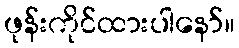
ဖုန်းကိုင်ထားပါနော်။